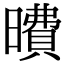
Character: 曊